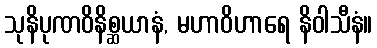
သုနိပုဏဝိနိစ္ဆယာနံ, မဟာဝိဟာရေ နိဝါသီနံ။